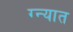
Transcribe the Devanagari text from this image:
ग्न्यात